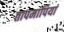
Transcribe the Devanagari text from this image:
तापमापियां